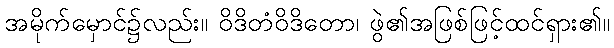
အမိုက်မှောင်၌လည်း။ ဝိဒိတံဝိဒိတော၊ ဖွဲ၏အဖြစ်ဖြင့်ထင်ရှား၏။